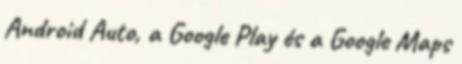
Android Auto, a Google Play és a Google Maps